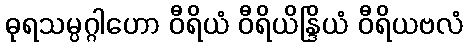
ဓုရသမ္ပဂ္ဂါဟော ဝီရိယံ ဝီရိယိန္ဒြိယံ ဝီရိယဗလံ